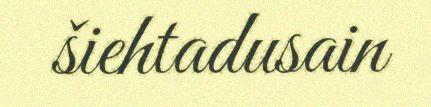
šiehtadusain